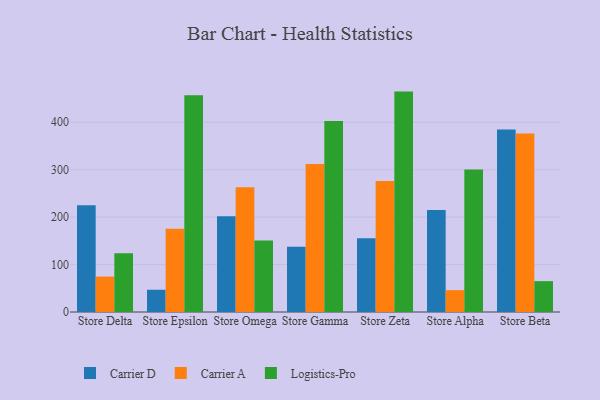
{"axis": {"x": "Store", "y": "Demand Index"}, "legend": ["Carrier A", "Carrier D", "Logistics-Pro"], "data": [{"x": "Store Delta", "y": 225.1, "type": "Carrier D"}, {"x": "Store Delta", "y": 74.7, "type": "Carrier A"}, {"x": "Store Delta", "y": 123.7, "type": "Logistics-Pro"}, {"x": "Store Epsilon", "y": 46.9, "type": "Carrier D"}, {"x": "Store Epsilon", "y": 175.6, "type": "Carrier A"}, {"x": "Store Epsilon", "y": 457.0, "type": "Logistics-Pro"}, {"x": "Store Omega", "y": 201.9, "type": "Carrier D"}, {"x": "Store Omega", "y": 262.9, "type": "Carrier A"}, {"x": "Store Omega", "y": 150.9, "type": "Logistics-Pro"}, {"x": "Store Gamma", "y": 137.4, "type": "Carrier D"}, {"x": "Store Gamma", "y": 312.1, "type": "Carrier A"}, {"x": "Store Gamma", "y": 402.9, "type": "Logistics-Pro"}, {"x": "Store Zeta", "y": 155.3, "type": "Carrier D"}, {"x": "Store Zeta", "y": 276.0, "type": "Carrier A"}, {"x": "Store Zeta", "y": 464.7, "type": "Logistics-Pro"}, {"x": "Store Alpha", "y": 215.3, "type": "Carrier D"}, {"x": "Store Alpha", "y": 46.1, "type": "Carrier A"}, {"x": "Store Alpha", "y": 300.2, "type": "Logistics-Pro"}, {"x": "Store Beta", "y": 384.7, "type": "Carrier D"}, {"x": "Store Beta", "y": 376.6, "type": "Carrier A"}, {"x": "Store Beta", "y": 65.0, "type": "Logistics-Pro"}]}